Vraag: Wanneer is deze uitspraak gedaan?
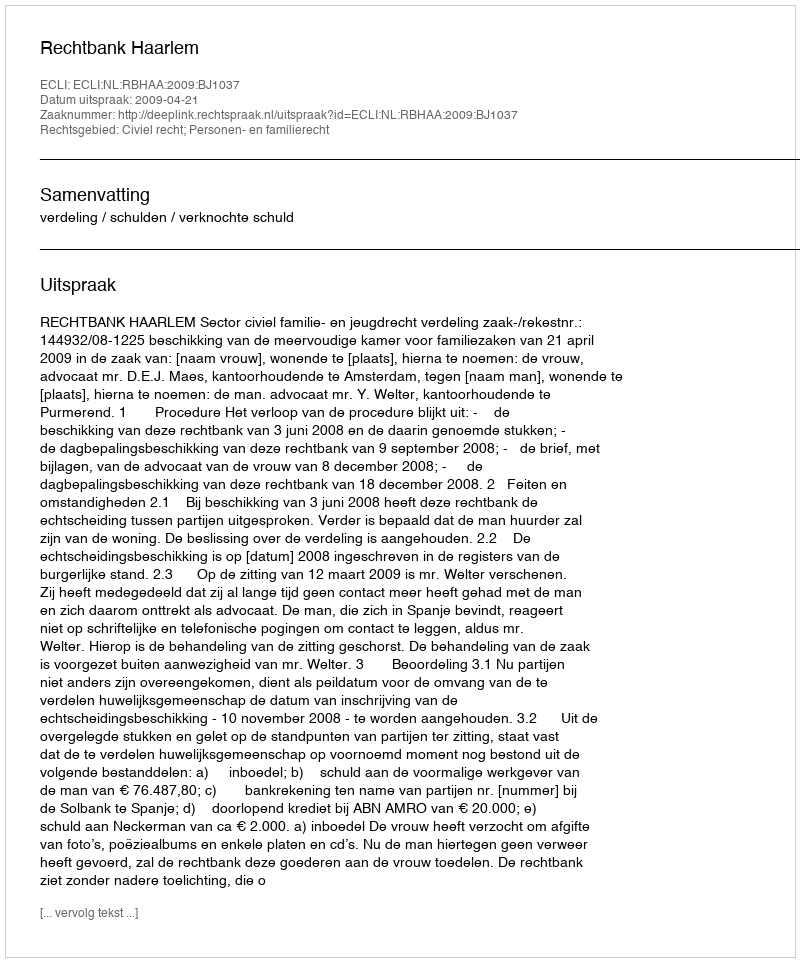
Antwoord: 2009-04-21